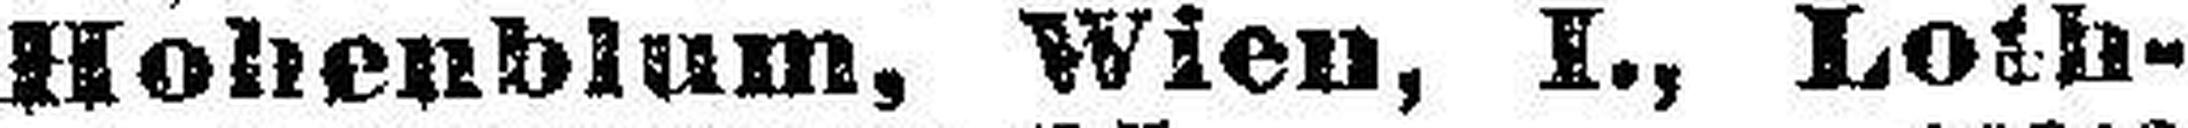
Hohenblum, Wien, I., Loth¬